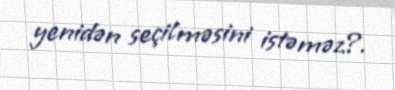
yenidən seçilməsini istəməz?.